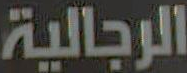
الرجالية